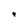
Character: 9